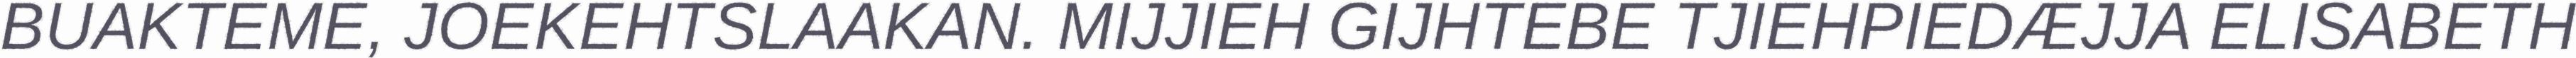
BUAKTEME, JOEKEHTSLAAKAN. MIJJIEH GIJHTEBE TJIEHPIEDÆJJA ELISABETH